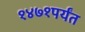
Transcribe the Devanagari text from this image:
१४७१पर्यंत